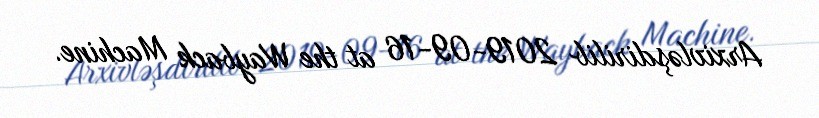
Arxivləşdirilib 2019-09-16 at the Wayback Machine.